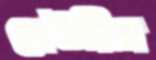
দেউরীর